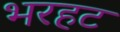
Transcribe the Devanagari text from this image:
भरहट